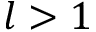
l > 1